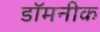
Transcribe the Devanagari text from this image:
डॉमनीक